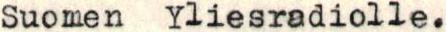
Suomen Yliesradiolle.